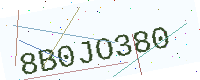
Text: 8B0JO380